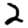
Digit: 2